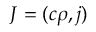
{ \boldsymbol { J } } = ( c \rho , { \boldsymbol { j } } )